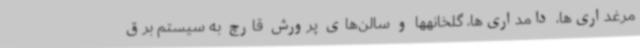
مرغداری‌ها، دامداری‌ها، گلخانهها و سالن‌های پرورش قارچ به سیستم برق